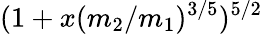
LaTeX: (1+x(m_{2}/m_{1})^{3/5})^{5/2}